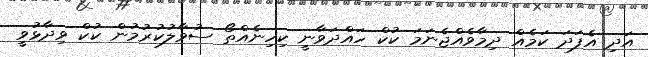
އަދި އެފަދަ ކަމެއް ދިމާވެއްޖެނަމަ ކުކް ހައްދަވާނީ ކިހިނެއްތޯ ސުވާލުކުރުމުން ކުކް ވިދާޅުވީ